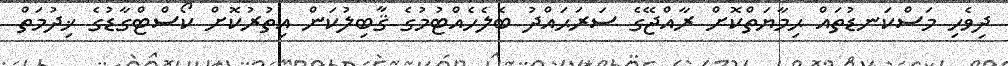
ދިވެހި މަސްކަނޑުތައް ޙިމާޔަތްކޮށް ރާއްޖޭގެ ސަރަޙައްދު ބެލެހެއްޓުމުގެ ޤާބިލުކަން އިތުރުކޮށް ކޯސްޓްގާޑުގެ ޚިދުމަތް